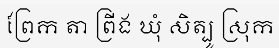
ព្រែក តា ព្រីង ឃុំ សិត្បូ ស្រុក